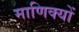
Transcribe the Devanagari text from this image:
माणिक्यों